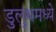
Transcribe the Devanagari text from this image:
डुलुथमध्ये